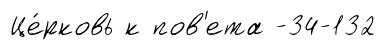
Це́рковь к пов'ета -34-132